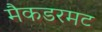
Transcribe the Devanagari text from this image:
मैकडरमट